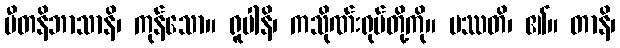
ပီတနိဘာသာနိ၊ ကုန်သော။ ရူပါနိ၊ ကသိုဏ်းရုပ်တို့ကို။ ပဿတိ၊ ၏။ တာနိ၊